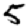
Digit: 5